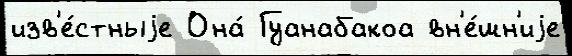
изв'е́стныjе Она́ Гуанабакоа вн'е́шн'иjе